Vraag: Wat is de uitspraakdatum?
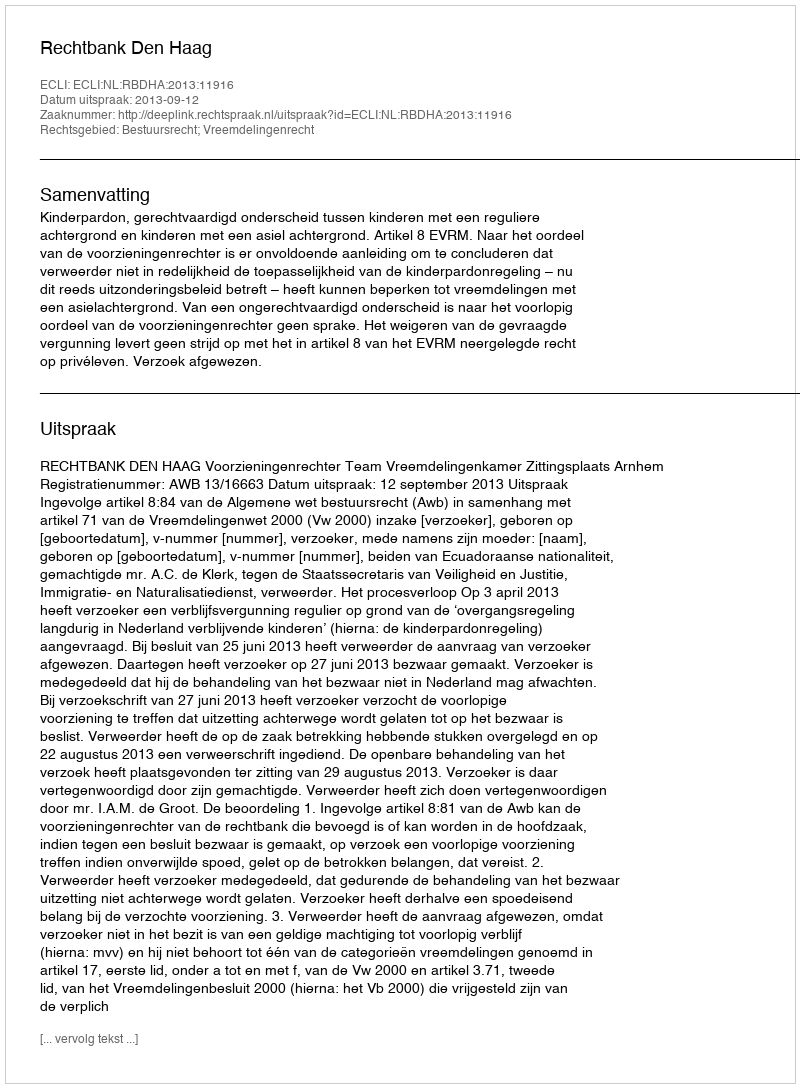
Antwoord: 2013-09-12